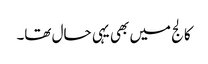
کالج میں بھی یہی حال تھا۔